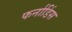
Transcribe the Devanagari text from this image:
फर्नाडिंस